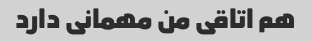
هم اتاقی من مهمانی دارد